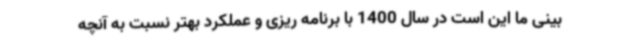
بینی ما این است در سال 1400 با برنامه ریزی و عملکرد بهتر نسبت به آنچه